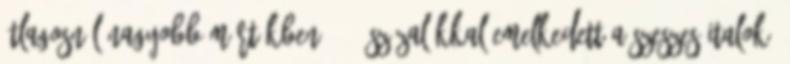
átlagosnál nagyobb mértékben, 9,8 százalékkal emelkedett a szeszes italok,